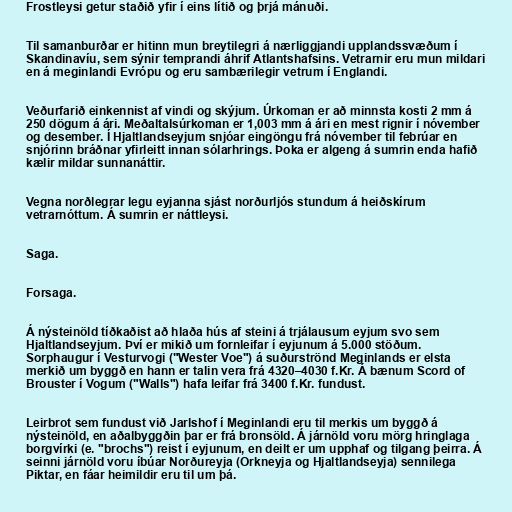
Frostleysi getur staðið yfir í eins lítið og þrjá mánuði.

Til samanburðar er hitinn mun breytilegri á nærliggjandi upplandssvæðum í
Skandinavíu, sem sýnir temprandi áhrif Atlantshafsins. Vetrarnir eru mun mildari
en á meginlandi Evrópu og eru sambærilegir vetrum í Englandi.

Veðurfarið einkennist af vindi og skýjum. Úrkoman er að minnsta kosti 2 mm á
250 dögum á ári. Meðaltalsúrkoman er 1,003 mm á ári en mest rignir í nóvember
og desember. Í Hjaltlandseyjum snjóar eingöngu frá nóvember til febrúar en
snjórinn bráðnar yfirleitt innan sólarhrings. Þoka er algeng á sumrin enda hafið
kælir mildar sunnanáttir.

Vegna norðlegrar legu eyjanna sjást norðurljós stundum á heiðskírum
vetrarnóttum. Á sumrin er náttleysi.

Saga.

Forsaga.

Á nýsteinöld tíðkaðist að hlaða hús af steini á trjálausum eyjum svo sem
Hjaltlandseyjum. Því er mikið um fornleifar í eyjunum á 5.000 stöðum.
Sorphaugur í Vesturvogi ("Wester Voe") á suðurströnd Meginlands er elsta
merkið um byggð en hann er talin vera frá 4320–4030 f.Kr. Á bænum Scord of
Brouster í Vogum ("Walls") hafa leifar frá 3400 f.Kr. fundust.

Leirbrot sem fundust við Jarlshof í Meginlandi eru til merkis um byggð á
nýsteinöld, en aðalbyggðin þar er frá bronsöld. Á járnöld voru mörg hringlaga
borgvírki (e. "brochs") reist í eyjunum, en deilt er um upphaf og tilgang þeirra. Á
seinni járnöld voru íbúar Norðureyja (Orkneyja og Hjaltlandseyja) sennilega
Piktar, en fáar heimildir eru til um þá.